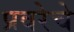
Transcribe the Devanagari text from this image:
प्रवरेचे